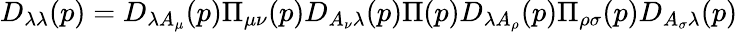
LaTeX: D_{\lambda\lambda}(p)=D_{\lambda A_{\mu}}(p)\Pi_{\mu\nu}(p)D_{A_{\nu}\lambda}(p)\Pi(p)D_{\lambda A_{\rho}}(p)\Pi_{\rho\sigma}(p)D_{A_{\sigma}\lambda}(p)